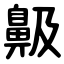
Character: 䶋